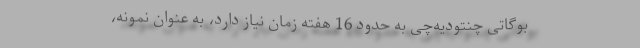
بوگاتی چنتودیه‌چی به حدود 16 هفته زمان نیاز دارد، به عنوان نمونه،